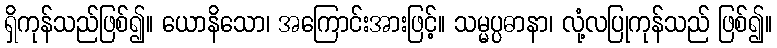
ရှိကုန်သည်ဖြစ်၍။ ယောနိသော၊ အကြောင်းအားဖြင့်။ သမ္မပ္ပဓာနာ၊ လုံ့လပြုကုန်သည် ဖြစ်၍။